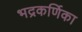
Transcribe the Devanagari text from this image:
भद्रकर्णिका